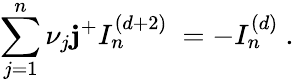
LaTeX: \sum_{j=1}^{n}\nu_{j}{\mathbf j^{+}}I_{n}^{(d+2)}~=-I_{n}^{(d)}~.